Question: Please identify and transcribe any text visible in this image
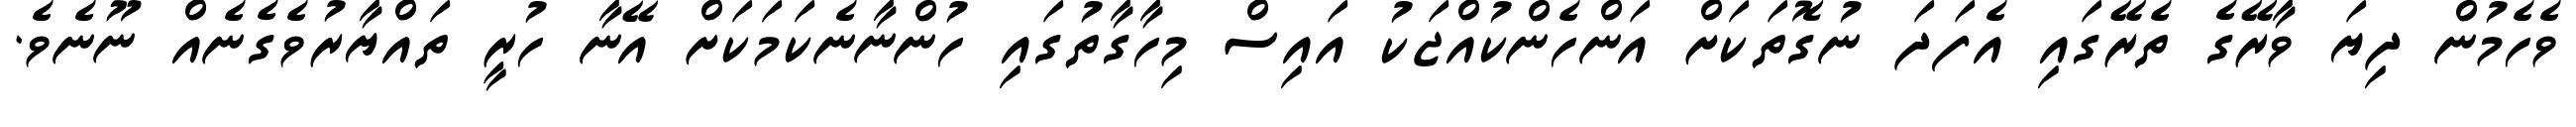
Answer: ވެހެމުން ދިޔަ ވާރޭގެ ތެރޭގައި އެފަދަ ނުގޮތަކަށް އަންހެންކުއްޖަކު އައިސް މިހާގާތުގައި ހުންނާނެކަމަކަށް އޭނާ ހުރީ ތައްޔާރުވެގެނެއް ނޫނެވެ.